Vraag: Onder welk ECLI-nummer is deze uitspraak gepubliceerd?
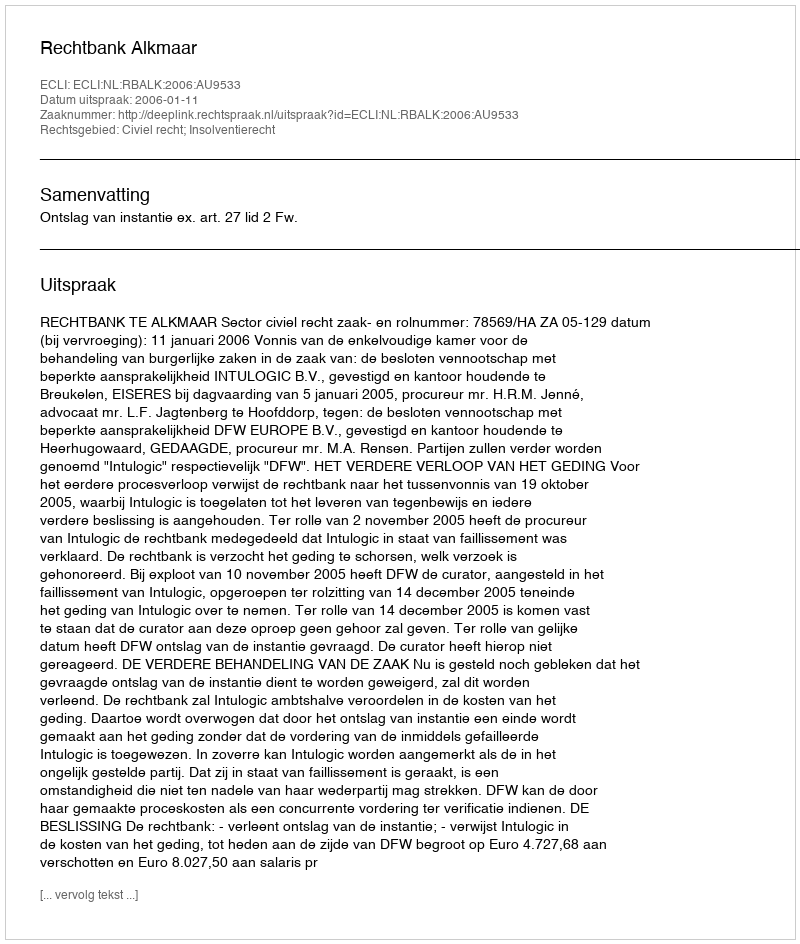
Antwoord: ECLI:NL:RBALK:2006:AU9533